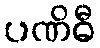
ပဏိဓီ